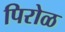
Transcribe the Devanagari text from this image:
पिरोळ